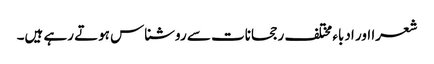
شعرا اور ادباء مختلف رجحانات سے روشناس ہوتے رہے ہیں۔